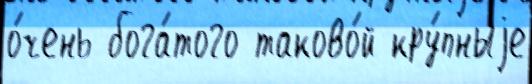
о́чень бога́того таково́й кру́пныjе